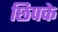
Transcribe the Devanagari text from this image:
छिपके